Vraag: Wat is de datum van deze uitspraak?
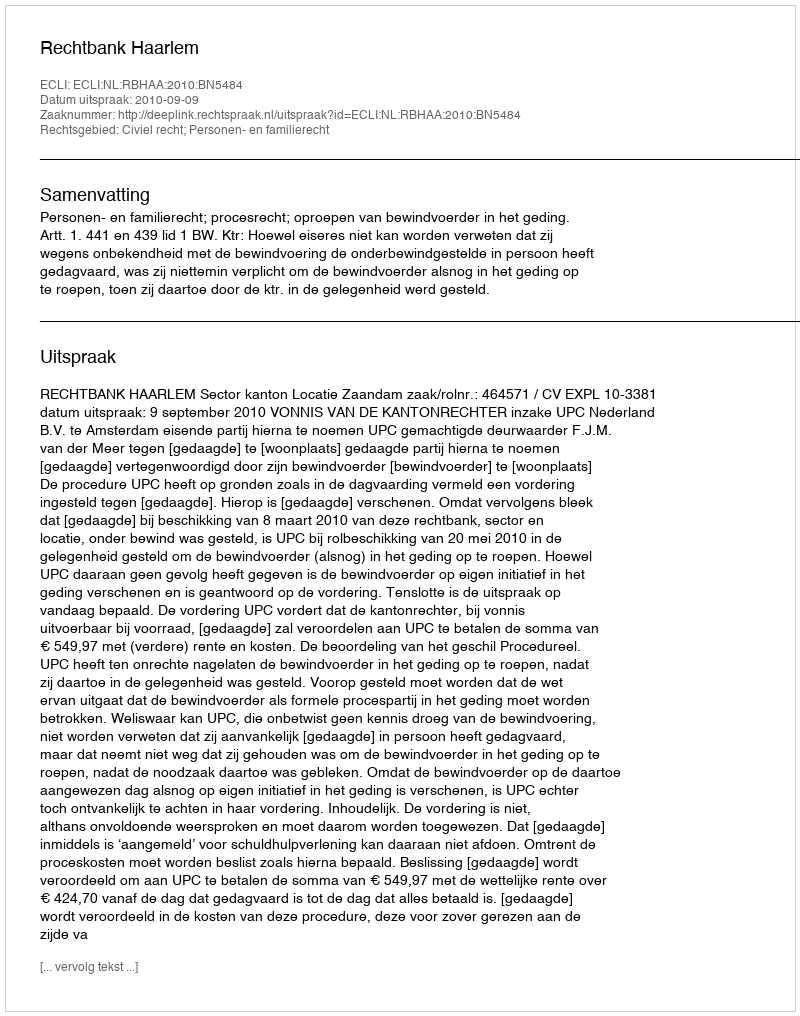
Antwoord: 2010-09-09